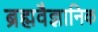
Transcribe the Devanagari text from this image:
ब्रह्मवैज्ञानिक